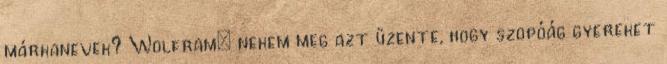
márkanevek? Wolfram: nekem meg azt üzente, hogy szopóág gyereket